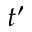
t ^ { \prime }